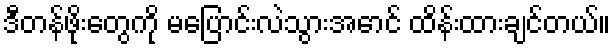
ဒီတန်ဖိုးတွေကို မပြောင်းလဲသွားအောင် ထိန်းထားချင်တယ်။